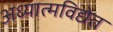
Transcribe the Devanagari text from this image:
अध्यात्मविद्येत